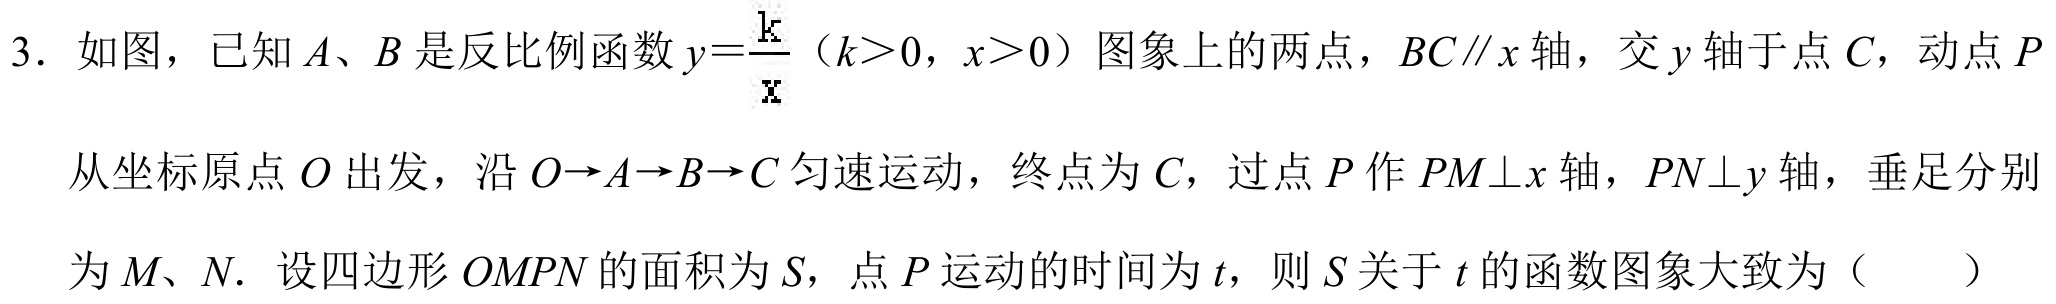
3. 如图，已知\(A\)、\(B\)是反比例函数\(y = \frac{k}{x}(k > 0,x > 0)\)图象上的两点，\(BC\parallel x\)轴，交\(y\)轴于点\(C\)，动点\(P\)从坐标原点\(O\)出发，沿\(O\rightarrow A\rightarrow B\rightarrow C\)匀速运动，终点为\(C\)，过点\(P\)作\(PM\perp x\)轴，\(PN\perp y\)轴，垂足分别为\(M\)、\(N\). 设四边形\(OMPN\)的面积为\(S\)，点\(P\)运动的时间为\(t\)，则\(S\)关于\(t\)的函数图象大致为（  ）